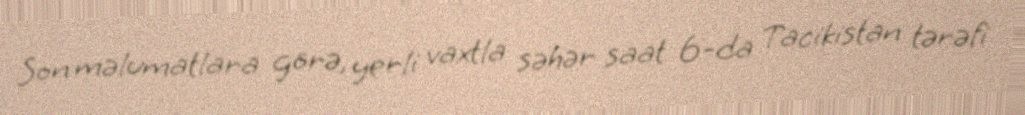
Son məlumatlara görə, yerli vaxtla səhər saat 6-da Tacikistan tərəfi